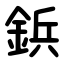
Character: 鋲